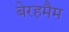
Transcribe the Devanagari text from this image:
बेरहमैम